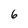
Character: 6